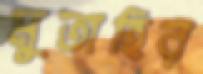
মুতাহির